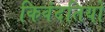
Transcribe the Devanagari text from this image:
किवंदतियों